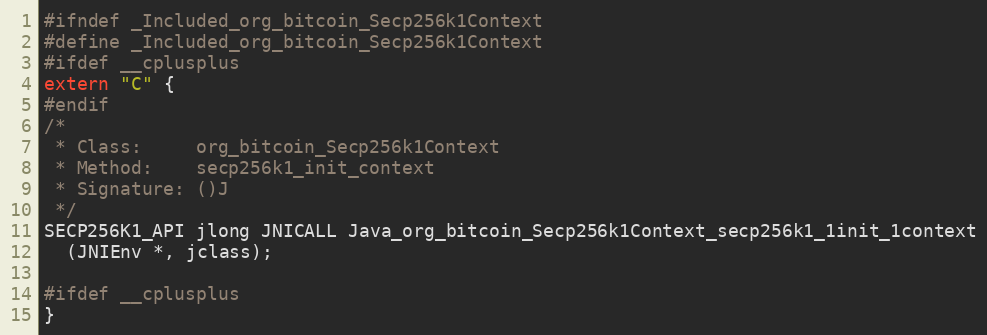
Language: C
#ifndef _Included_org_bitcoin_Secp256k1Context
#define _Included_org_bitcoin_Secp256k1Context
#ifdef __cplusplus
extern "C" {
#endif
/*
 * Class:     org_bitcoin_Secp256k1Context
 * Method:    secp256k1_init_context
 * Signature: ()J
 */
SECP256K1_API jlong JNICALL Java_org_bitcoin_Secp256k1Context_secp256k1_1init_1context
  (JNIEnv *, jclass);

#ifdef __cplusplus
}